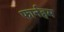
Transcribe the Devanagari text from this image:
फार्नहम